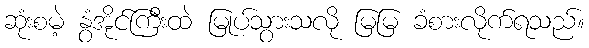
ဆုံးစမဲ့ နွံအိုင်ကြီးထဲ မြုပ်သွားသလို မြမြ ခံစားလိုက်ရသည်။